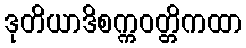
ဒုတိယာဒိစက္ကဝတ္တိကထာ